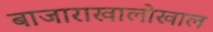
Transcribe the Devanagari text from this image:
बाजाराखालोखाल